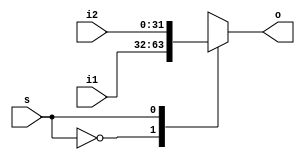
`timescale 1ns / 1ps
//////////////////////////////////////////////////////////////////////////////////
// Company: 
// Engineer: 
// 
// Design Name: 
// Module Name: ALUSrcA
// Project Name: 
// Target Devices: 
// Tool Versions: 
// Description: 
// 
// Dependencies: 
// 
// Revision:
// Revision 0.01 - File Created
// Additional Comments:
// 
//////////////////////////////////////////////////////////////////////////////////


module ALUSrcA_mux(
    input s,
    input [31:0] i1,
    input [31:0] i2,
    output reg [31:0] o
    );
    always@(*)
      begin
        case (s)
          1'b0: o = i1;
          1'b1: o = i2;
        endcase
      end
endmodule